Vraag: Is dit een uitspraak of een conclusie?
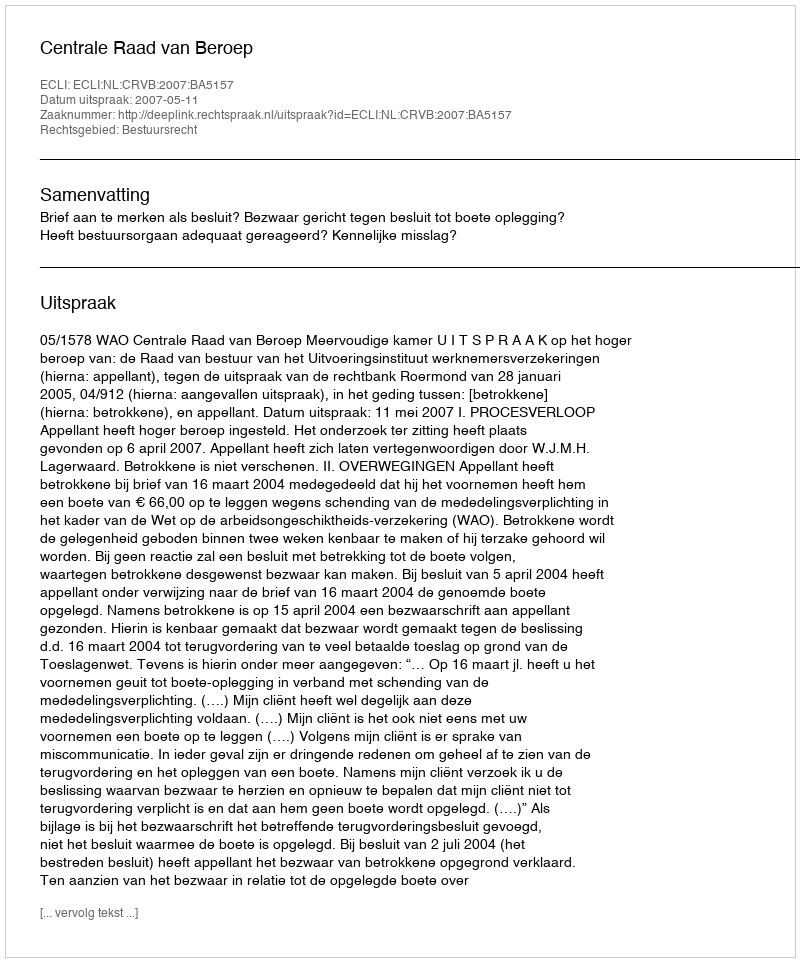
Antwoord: Uitspraak